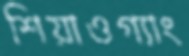
শিয়াওগ্যাং